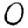
Digit: 0